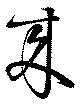
来